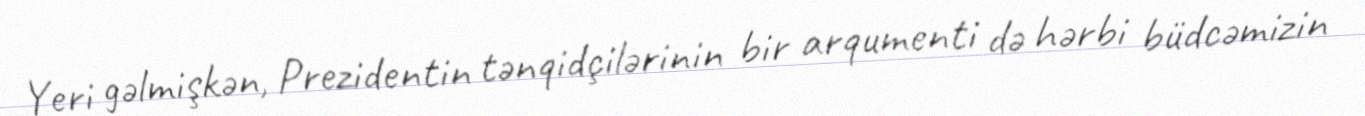
Yeri gəlmişkən, Prezidentin tənqidçilərinin bir arqumenti də hərbi büdcəmizin